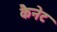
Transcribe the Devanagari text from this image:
कैनेट